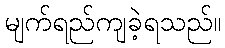
မျက်ရည်ကျခဲ့ရသည်။